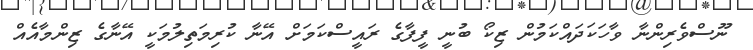
ނޫސްވެރިންނާ ވާހަކަދައްކަމުން ޒިކޯ ބުނީ ފީފާގެ ރައީސްކަމަށް އޭނާ ކުރިމަތިލުމަކީ އޭނާގެ ޒިންމާއެއް